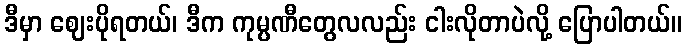
ဒီမှာ ဈေးပိုရတယ်၊ ဒီက ကုမ္ပဏီတွေလလည်း ငါးလိုတာပဲလို့ ပြောပါတယ်။